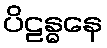
ပိဠန္ဓနေ